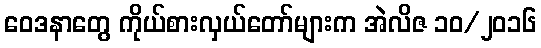
ဝေဒနာတွေ ကိုယ်စားလှယ်တော်များက အဲလိဇ ၁၀/၂၀၁၆